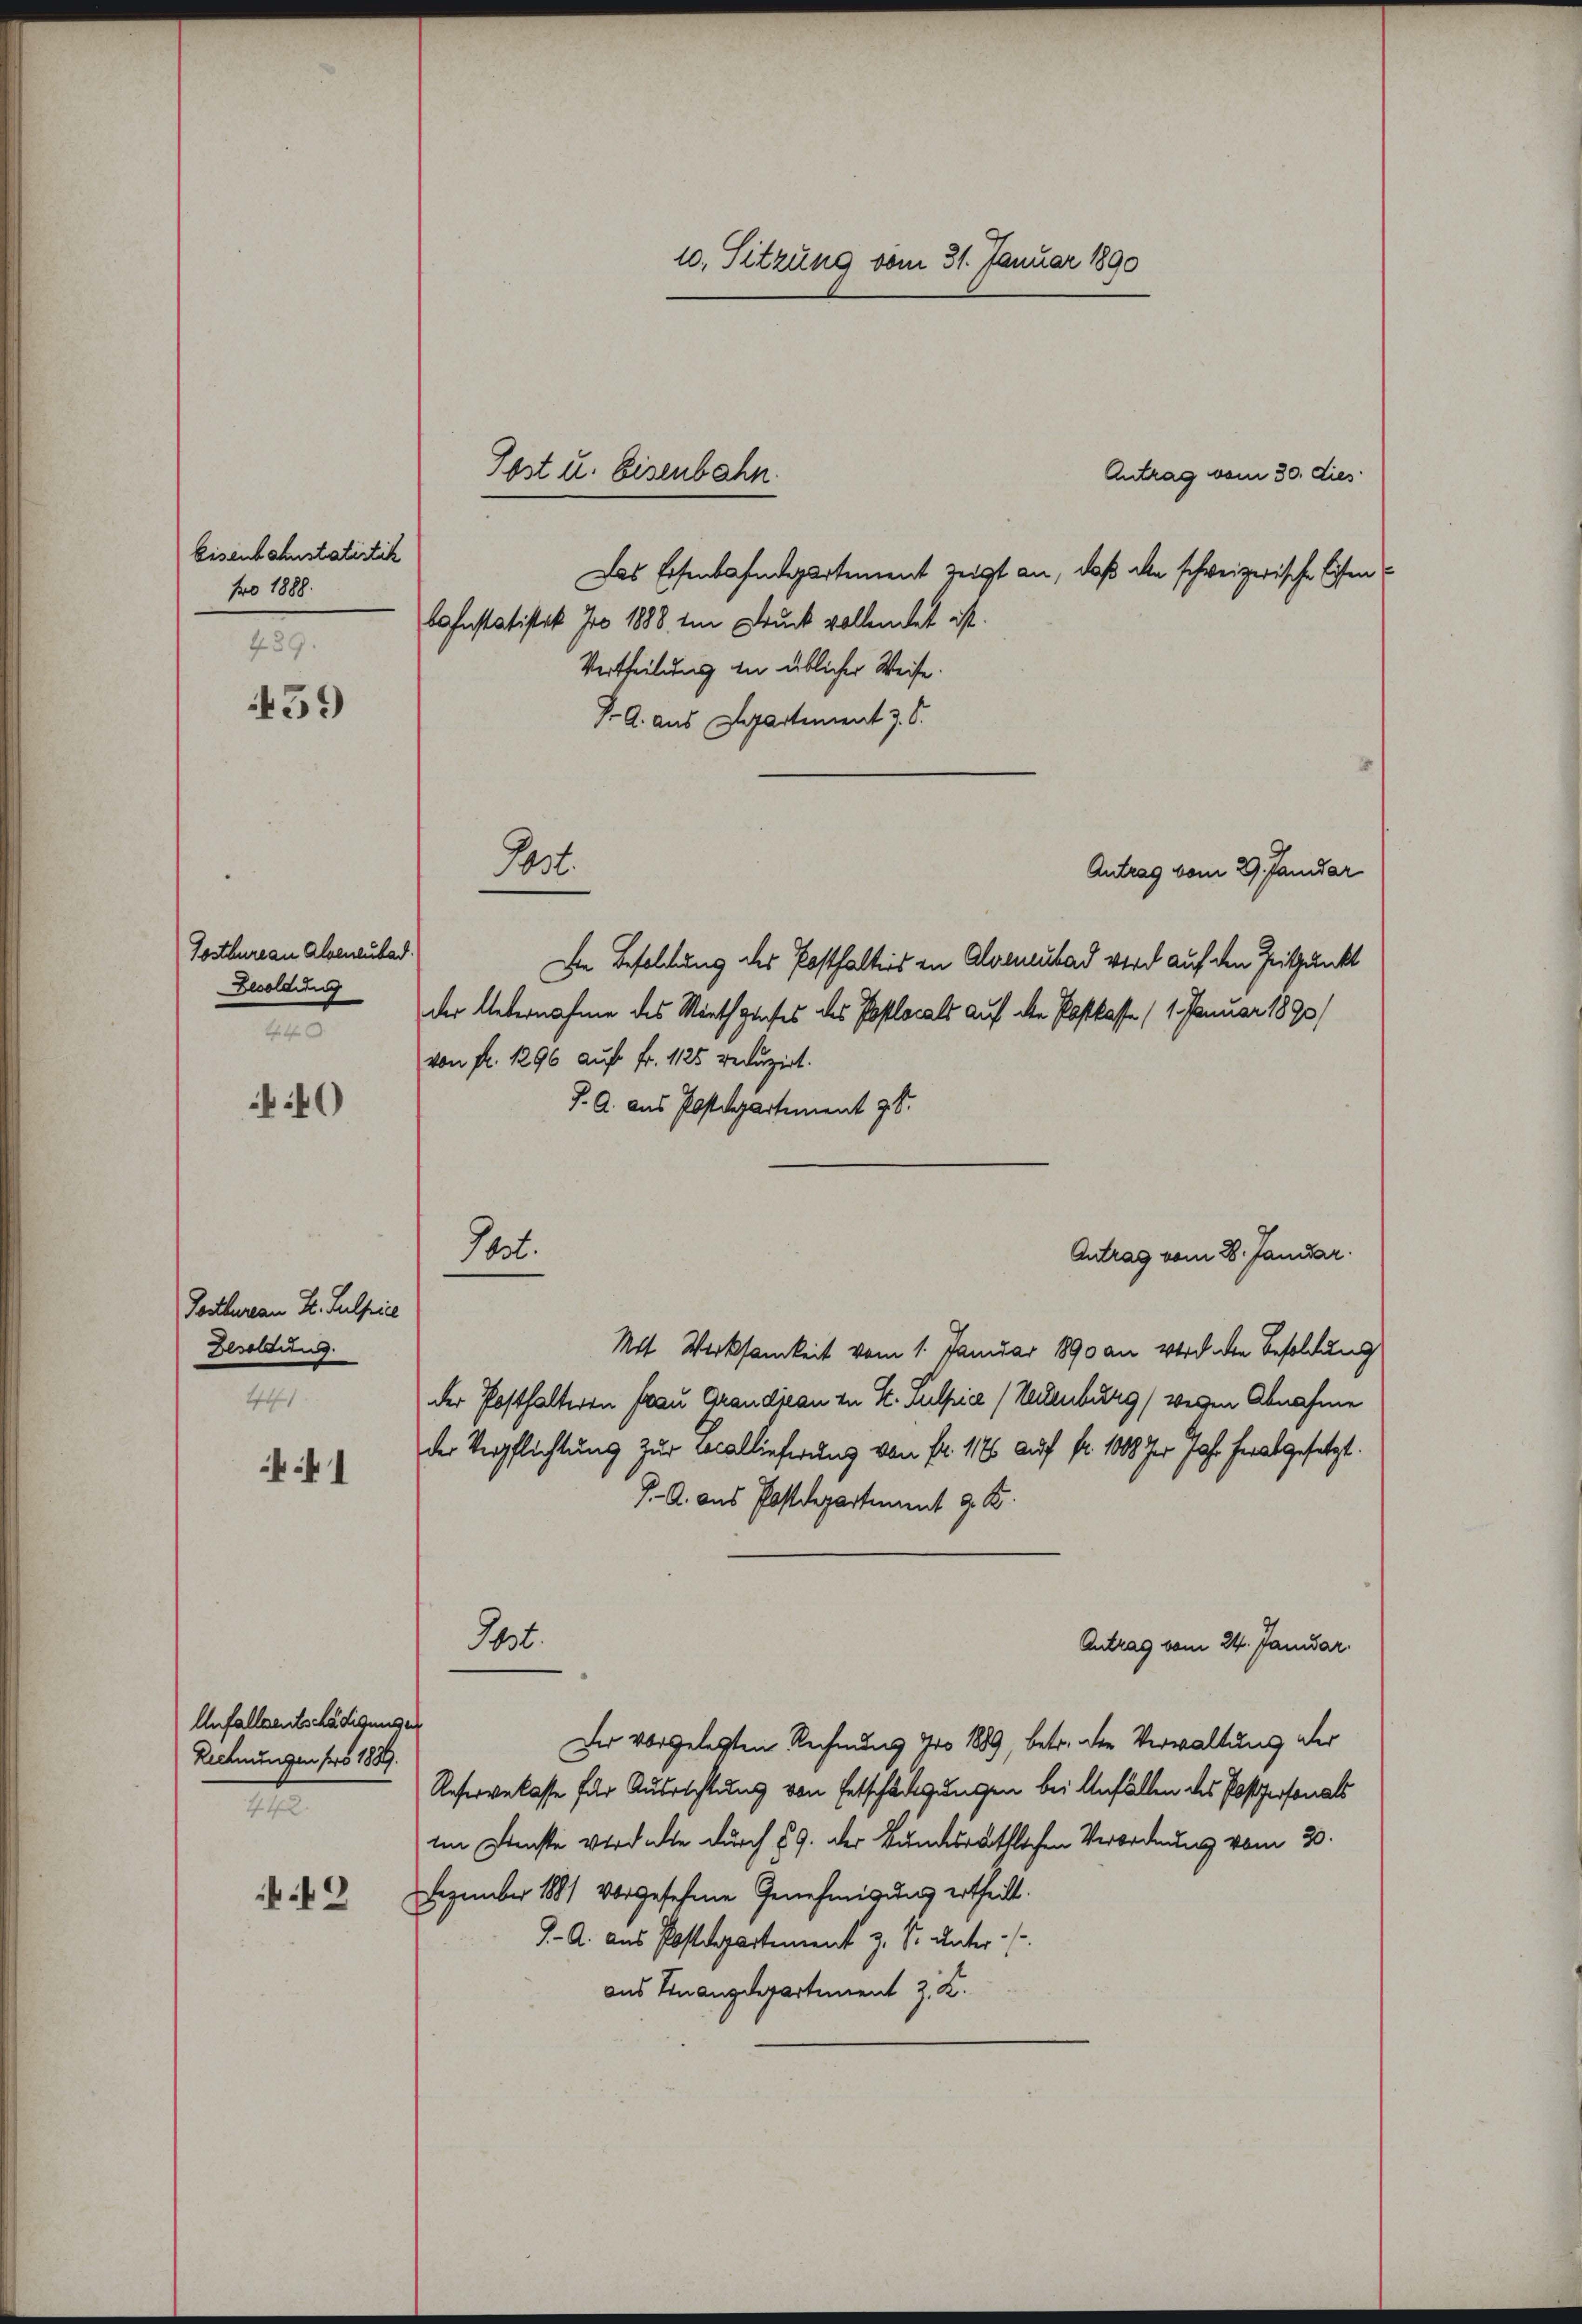
Eisenbahnstatistik
fro 1888.
489.

459

Tostbureau Alpenlubad.
Besoldung

40

Postbureau Dr. Sulpie
Besoldung.
441.

41

Anfallsentschädigungen
Rechnungen pro 1889.
t

9

Antrag vom 30. dies
Das Eisenbahndepartement zeigt an, daß alle schweizerische Eisen
bahnstatistik Iro 1888 im Druck vollendet ist.
Vertheilung zu üblicher Weise
J. A. aus Departement z. S.
Antrag vom 29. Janidar
Die Besoldung des Posthalters in Alvenutad wird auf den Zeitpunkt
der Unternahme des Miethzinses des Postlocals auf die Postkasse (1. Januar 1890/
von fr. 1296 auf Fr. 1125 reduzirt.
J. A. aus Postdepartement 9t.
Antrag vom 28. Januar.
Mit Werksamkeit vom 1. Januar 1890 an Wird die Besoldung
der Posthalteren Frau Grandisau zu St. Sulpia (Nackenburg) wegen Abnahme
der Verpflichtung zur Locallieferung von Fr. 1186 auf Nr. 1008 der Jahr herabgesetzt.
J. A. aus Postdepartement z. B.
Tht.
Antrag vom 24. Januar.
Der vorgelegten Rechnung pro 1889, betr. der Verwaltung der
Reserverlasse für Ausrichtung von Entschädigungen bei Anfällen des Postpersonals
im Dienste verdachte durch § 9. der kundesräthlichen Verordnung vom 20.
Dezember 1881 vorgesehene Genehmigung ertheilt.
J. A. aus Postdepartement z. S. unter
aus Finanzdepartement J. K.

Post u. Eisenbahn.

St.

Past

10. Sitzung vom 31. Januar 1890